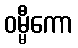
ဝမ္မီကော